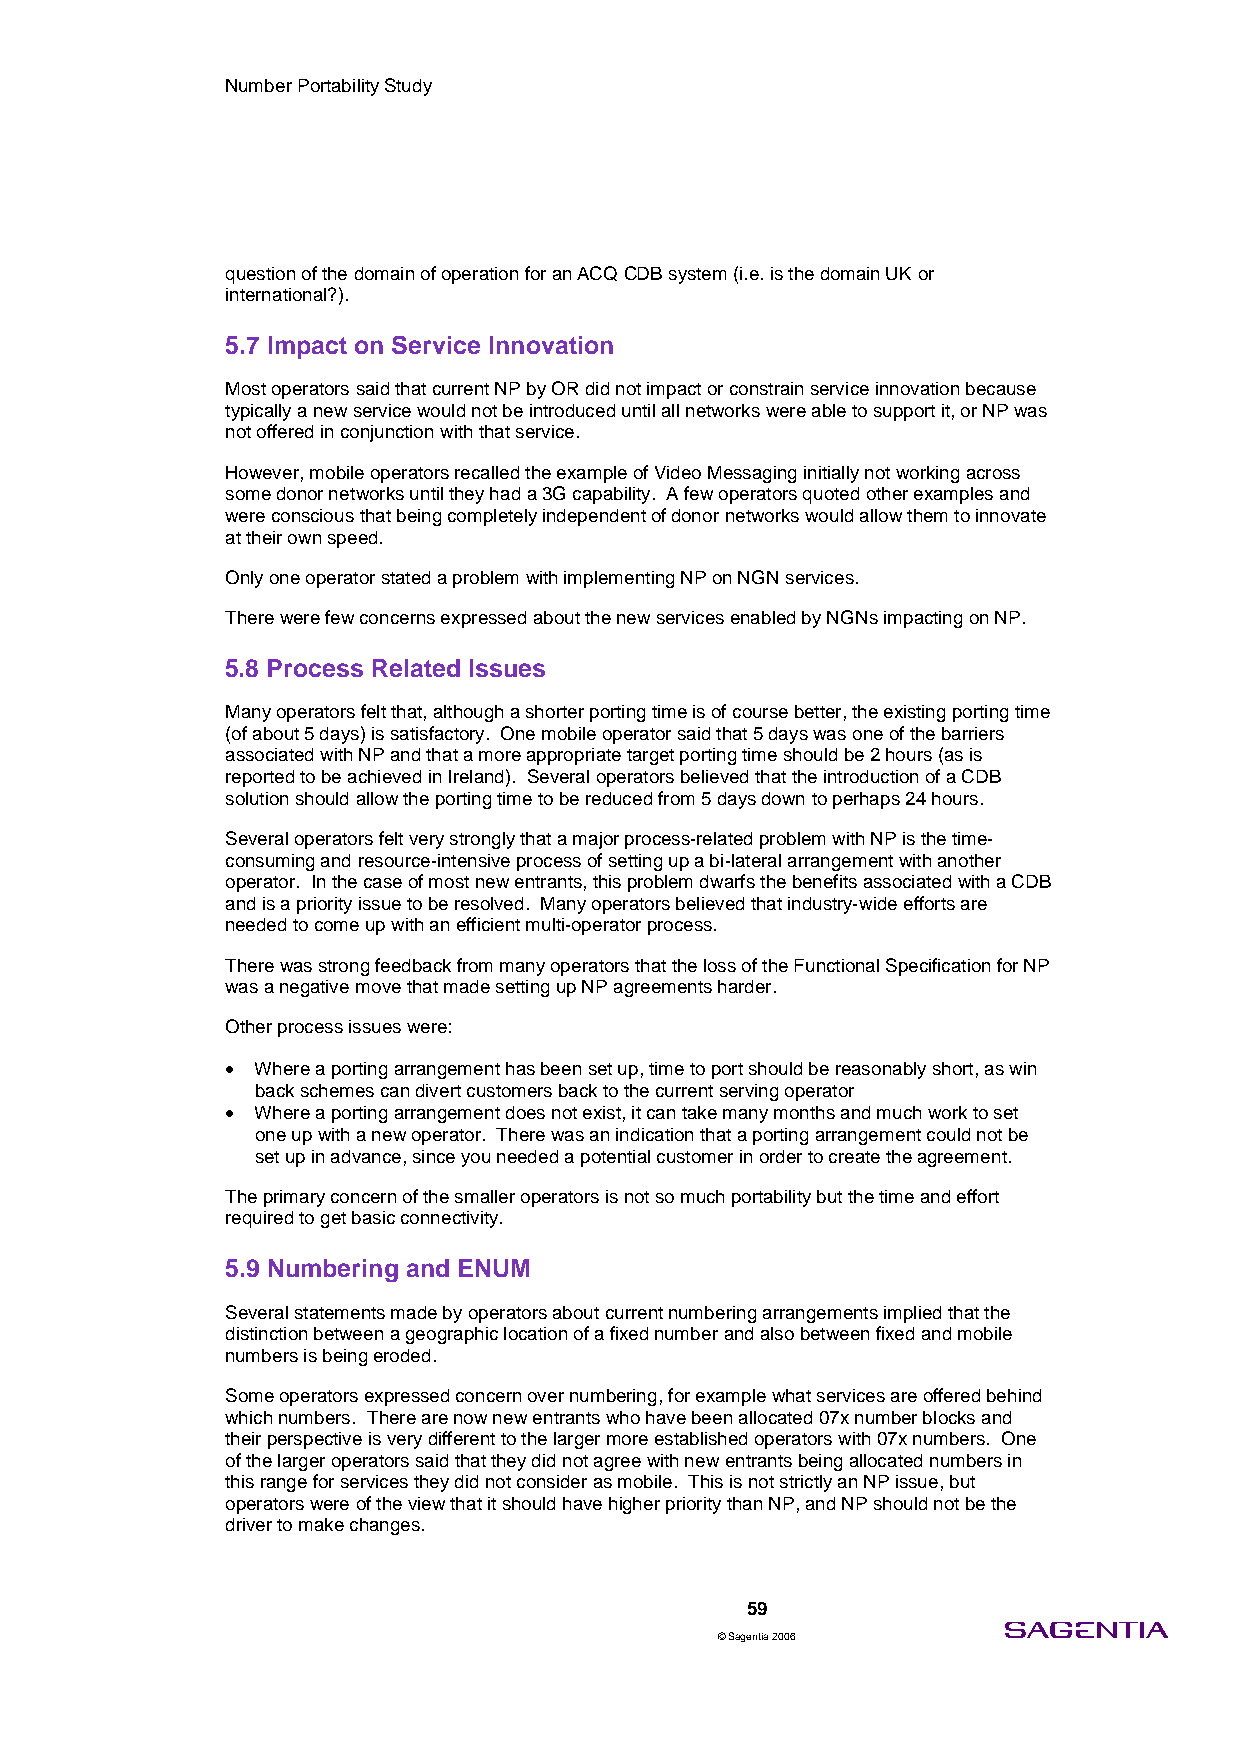
Number Portability Study
 question of the domain of operation for an ACQ CDB system (i.e. is the domain UK or
 international?).
 5.7 Impact on Service Innovation
 Most operators said that current NP by OR did not impact or constrain service innovation because
 typically a new service would not be introduced until all networks were able to support it, or NP was
 not offered in conjunction with that service.
 However, mobile operators recalled the example of Video Messaging initially not working across
 some donor networks until they had a 3G capability. A few operators quoted other examples and
 were conscious that being completely independent of donor networks would allow them to innovate
 at their own speed.
 Only one operator stated a problem with implementing NP on NGN services.
 There were few concerns expressed about the new services enabled by NGNs impacting on NP.
 5.8 Process Related Issues
 Many operators felt that, although a shorter porting time is of course better, the existing porting time
 (of about 5 days) is satisfactory. One mobile operator said that 5 days was one of the barriers
 associated with NP and that a more appropriate target porting time should be 2 hours (as is
 reported to be achieved in Ireland). Several operators believed that the introduction of a CDB
 solution should allow the porting time to be reduced from 5 days down to perhaps 24 hours.
 Several operators felt very strongly that a major process-related problem with NP is the time-
 consuming and resource-intensive process of setting up a bi-lateral arrangement with another
 operator. In the case of most new entrants, this problem dwarfs the benefits associated with a CDB
 and is a priority issue to be resolved. Many operators believed that industry-wide efforts are
 needed to come up with an efficient multi-operator process.
 There was strong feedback from many operators that the loss of the Functional Specification for NP
 was a negative move that made setting up NP agreements harder.
 Other process issues were:
 • Where a porting arrangement has been set up, time to port should be reasonably short, as win
 back schemes can divert customers back to the current serving operator
 • Where a porting arrangement does not exist, it can take many months and much work to set
 one up with a new operator. There was an indication that a porting arrangement could not be
 set up in advance, since you needed a potential customer in order to create the agreement.
 The primary concern of the smaller operators is not so much portability but the time and effort
 required to get basic connectivity.
 5.9 Numbering and ENUM
 Several statements made by operators about current numbering arrangements implied that the
 distinction between a geographic location of a fixed number and also between fixed and mobile
 numbers is being eroded.
 Some operators expressed concern over numbering, for example what services are offered behind
 which numbers. There are now new entrants who have been allocated 07x number blocks and
 their perspective is very different to the larger more established operators with 07x numbers. One
 of the larger operators said that they did not agree with new entrants being allocated numbers in
 this range for services they did not consider as mobile. This is not strictly an NP issue, but
 operators were of the view that it should have higher priority than NP, and NP should not be the
 driver to make changes.
 59
 © Sagentia 2006